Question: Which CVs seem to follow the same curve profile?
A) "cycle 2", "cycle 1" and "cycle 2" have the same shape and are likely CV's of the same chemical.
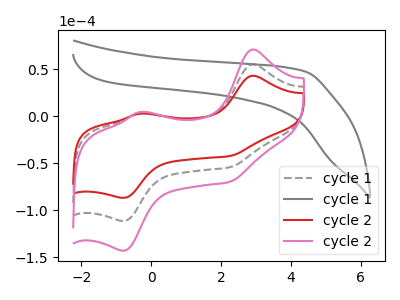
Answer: <think>The gray dashed curve "cycle 1" has anodic peaks at (2.90V, 55.20uA) (-0.35V, 3.40uA) and cathodic peaks at (2.25V, -54.40uA) (-0.80V, -111.40uA). The gray curve "cycle 1" has no peaks. The red curve "cycle 2" has anodic peaks at (2.90V, 43.00uA) (-0.35V, 2.65uA) and cathodic peaks at (2.25V, -42.40uA) (-0.80V, -86.80uA). The pink curve "cycle 2" has anodic peaks at (2.90V, 110.35uA) (-0.35V, 6.80uA) and cathodic peaks at (2.25V, -108.80uA) (-0.80V, -222.85uA).
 "cycle 1" and "cycle 1" have a different number of peaks. All the peaks in "cycle 1" have a peak in "cycle 2" at the same potential. Every peak in "cycle 1" is higher than every peak in "cycle 2". All the peaks in "cycle 1" have a peak in "cycle 2" at the same potential. Every peak in "cycle 1" is lower than every peak in "cycle 2". "cycle 1" and "cycle 2" have a different number of peaks. "cycle 1" and "cycle 2" have a different number of peaks. All the peaks in "cycle 2" have a peak in "cycle 2" at the same potential. Every peak in "cycle 2" is lower than every peak in "cycle 2".</think>
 <answer>A) "cycle 2", "cycle 1" and "cycle 2" have the same shape and are likely CV's of the same chemical.</answer>
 <eval>A</eval>